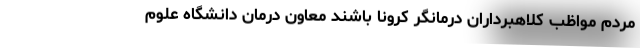
مردم مواظب کلاهبرداران درمانگر کرونا باشند معاون درمان دانشگاه علوم